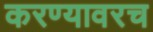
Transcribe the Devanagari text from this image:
करण्यावरच